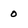
Character: 0